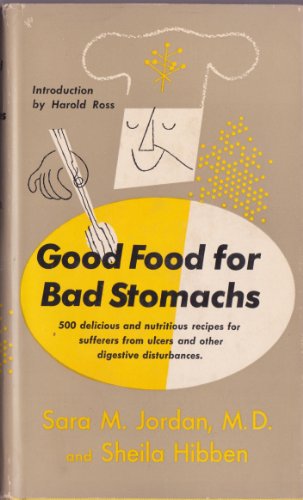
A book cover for GOOD FOOD FOR BAD STOMACHS 500 Delicious & Nutritious Recipes Which Even Sufferers from Ulcers and Other Digestive Disturbances Can Enjoy; Sara M. and Hibben, Sheila Jordan; Health, Fitness & Dieting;